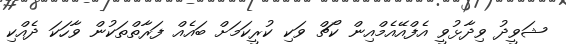
ޝަވީދު ވިދާޅުވީ އެފްއޭއެމްއިން ކޯޗް ވަކި ކުރީކަމަށް ބައެއް ފަރާތްތަކުން ވާހަކަ ދެއްކި